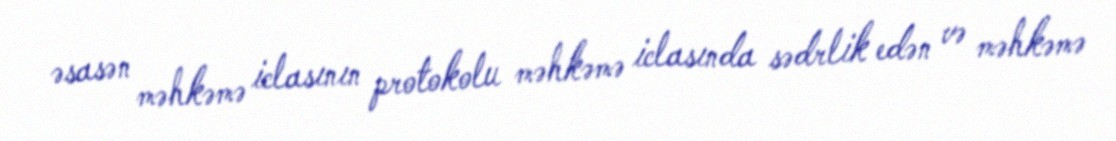
əsasən məhkəmə iclasının protokolu məhkəmə iclasında sədrlik edən və məhkəmə